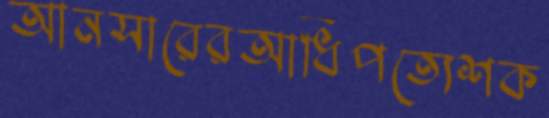
আনসারেরআধিপত্যেশক